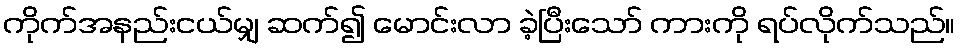
ကိုက်အနည်းငယ်မျှ ဆက်၍ မောင်းလာ ခဲ့ပြီးသော် ကားကို ရပ်လိုက်သည်။